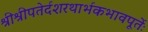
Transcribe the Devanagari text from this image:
श्रीश्रीपतेर्दशरथार्भकभावपूर्तेः